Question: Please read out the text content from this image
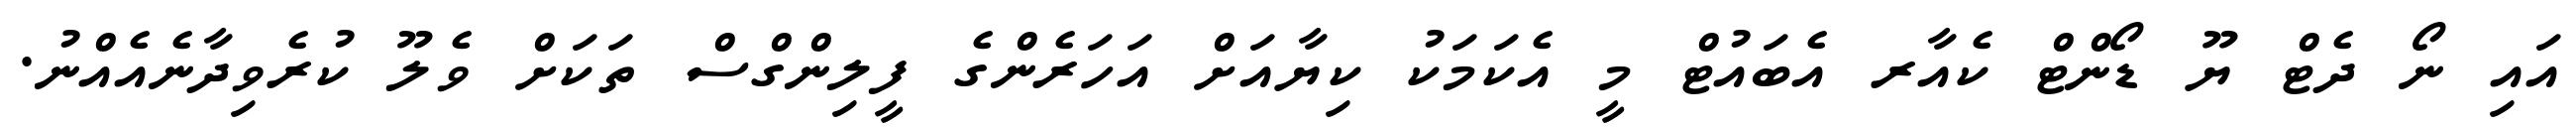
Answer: އައި ނޯ ދެޓް ޔޫ ޑޯންޓް ކެއާރ އެބައުޓް މީ އެކަމަކު ކިޔާއަށް އަހަރެންގެ ފީލިންގްސް ތަކަށް ވެލޫ ކުރެވިދާނެއެއްނު.